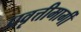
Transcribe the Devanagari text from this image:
प्रवृत्तीमार्गी